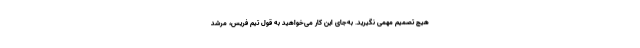
هیچ تصمیم مهمی نگیرید. به‌جای این کار می‌خواهید به قول تیم فریس، مرشد